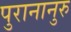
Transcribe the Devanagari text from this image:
पुरानानुरु